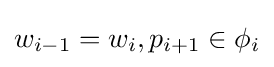
w_{i-1}=w_{i},p_{i+1}\in \phi _{i}